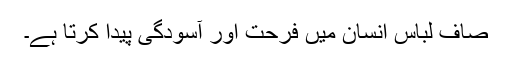
صاف لباس انسان میں فرحت اور آسودگی پیدا کرتا ہے۔